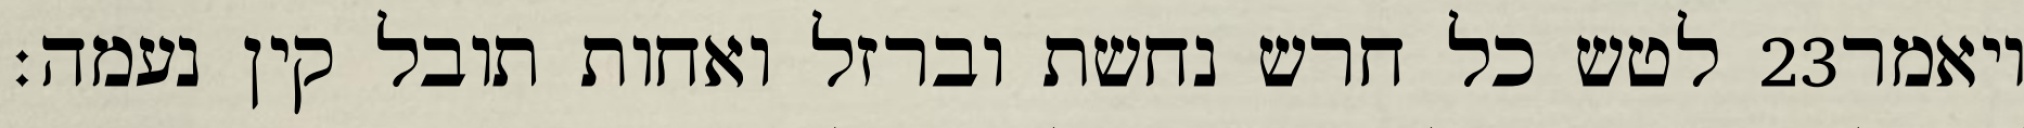
לטש כל חרש נחשת וברזל ואחות תובל קין נעמה׃ ‎23‏ ויאמר